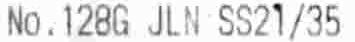
NO.128G JLN SS21/35